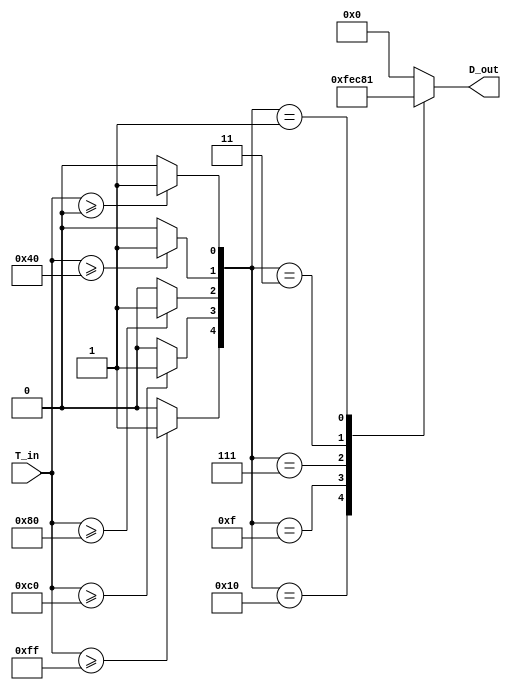
module thermal_encoder (
    input wire [7:0] T_in, // 8-bit analog temperature input (0-255 corresponding to 0-100C)
    output reg [3:0] D_out // 4-bit digital output (representing temperature ranges)
);

// Define reference temperature levels (in 8-bit representation)
localparam REF_0C   = 8'd0;    // 0C
localparam REF_25C  = 8'd64;   // 25C
localparam REF_50C  = 8'd128;  // 50C
localparam REF_75C  = 8'd192;  // 75C
localparam REF_100C = 8'd255;  // 100C

// Comparator outputs
wire comp_0C;
wire comp_25C;
wire comp_50C;
wire comp_75C;
wire comp_100C;

// Comparator logic
assign comp_0C   = (T_in >= REF_0C) ? 1'b1 : 1'b0;
assign comp_25C  = (T_in >= REF_25C) ? 1'b1 : 1'b0;
assign comp_50C  = (T_in >= REF_50C) ? 1'b1 : 1'b0;
assign comp_75C  = (T_in >= REF_75C) ? 1'b1 : 1'b0;
assign comp_100C = (T_in >= REF_100C) ? 1'b1 : 1'b0;

// Encoding logic
always @(*) begin
    case ({comp_100C, comp_75C, comp_50C, comp_25C, comp_0C})
        5'b10000: D_out = 4'b1111; // 100C and above
        5'b01111: D_out = 4'b1110; // 75C to <100C
        5'b00111: D_out = 4'b1100; // 50C to <75C
        5'b00011: D_out = 4'b1000; // 25C to <50C
        5'b00001: D_out = 4'b0001; // 0C to <25C
        default:  D_out = 4'b0000;  // Below 0C
    endcase
end

endmodule